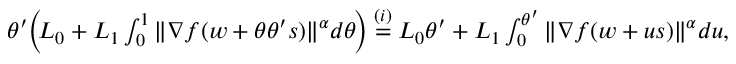
\begin{array} { r l } & { \! \theta ^ { \prime } \Big ( \! L _ { 0 } + L _ { 1 } \int _ { 0 } ^ { 1 } \| \nabla f ( w + \theta \theta ^ { \prime } s ) \| ^ { \alpha } d \theta \! \Big ) \overset { ( i ) } { = } L _ { 0 } \theta ^ { \prime } + L _ { 1 } \int _ { 0 } ^ { \theta ^ { \prime } } \| \nabla f ( w + u s ) \| ^ { \alpha } d u , } \end{array}